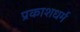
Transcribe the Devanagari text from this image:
प्रकाशधर्म